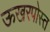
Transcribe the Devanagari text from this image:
ऊखरपोस्त